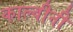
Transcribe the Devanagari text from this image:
काल्वीनी